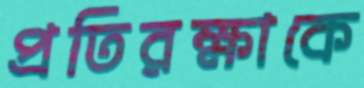
প্রতিরক্ষাকে